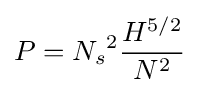
P={N_{s}}^{2}{\frac {H^{5/2}}{N^{2}}}